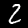
Digit: 2